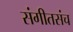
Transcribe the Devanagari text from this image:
संगीतसंच